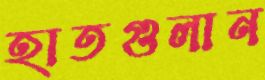
হাতগুলান